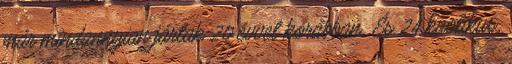
már mindannyian jártak 20 évvel korábban. És 24 kaotikus,